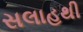
સલાહથી